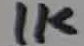
Text: 1K